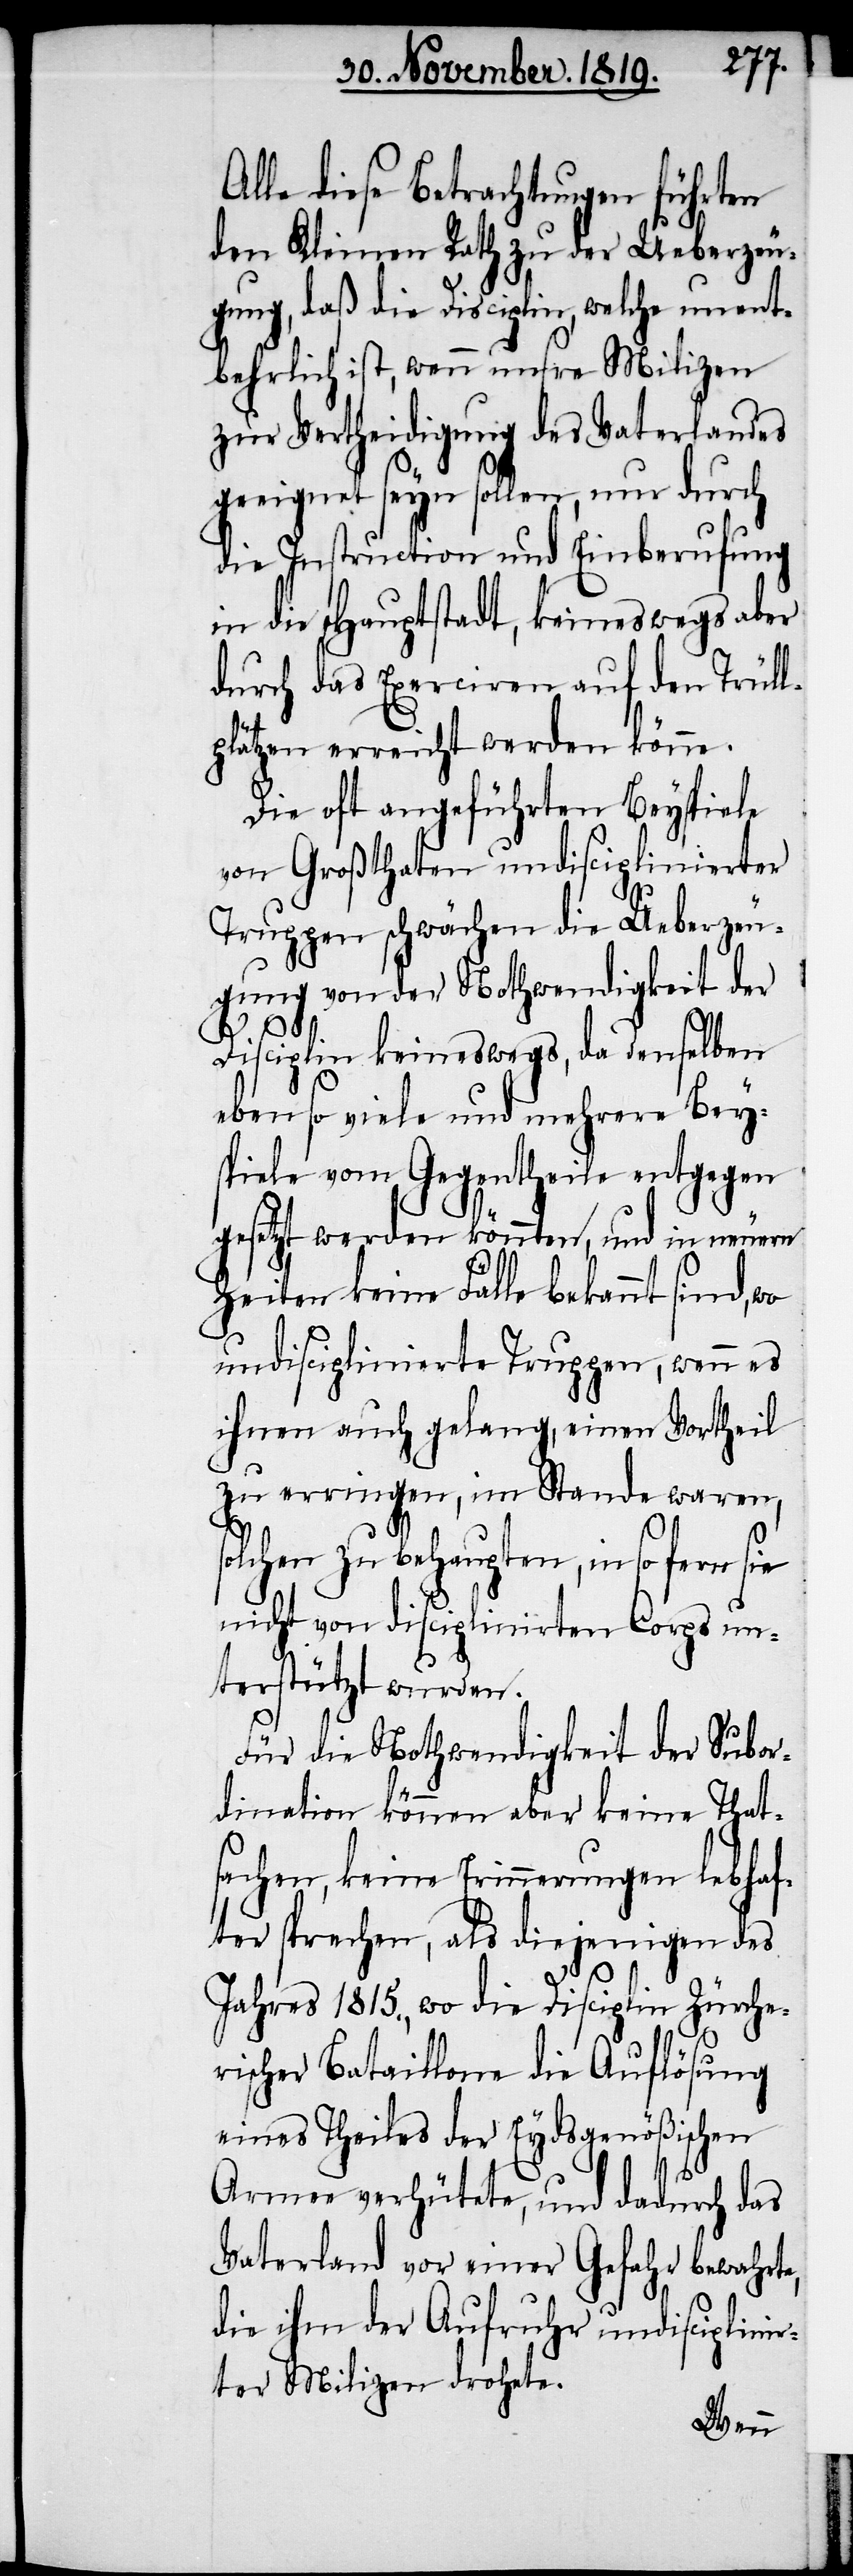
Alle diese Betrachtungen führten
den Kleinen Rath zu der Ueberzeu¬
gung, daß die Disciplin, welche unent¬
behrlich ist, wenn unsre Milizen
zur Vertheidigung des Vaterlandes
geeignet seyn sollen, nur dadurch
die Instruction und Einberufung
in die Hauptstadt, keineswegs aber
durch das Exerciren auf den Trüll¬
plätzen erreicht werden könne.
Die oft angeführten Beyspiele
von Großthaten undisciplinierter
Truppen schwächen die Ueberzeu¬
gung von der Nothwendigkeit der
s¬
Disciplin keineswegs, da denselben
eben so viele und mehrere Bey¬
spiele vom Gegentheile entgegen
gesetzt werden könnten, und in neuern
Zeiten keine Fälle bekannt sind, wo
undisciplinierte Truppen, wenn es
ihnen auch gelang, einen Vortheil
zu erringen, im Stande waren,
olchen zu behaupten, in so
nicht von disciplinierten Corps un¬
terstütz wurden.
Für die Nothwendikeit der Subor¬
dination können aber keine That¬
sachen, keine Erinnerungen lebhaf¬
ter sprechen, als diejenigen des
Jahres 1815., wo die Disciplin Zürche¬
rischer Bataillone die Auflösung
eines Theiles der Eydsgenößischen
Armee verhütete, und dadurch das
Vaterland vor einer Gefahr bewahrte,
die ihm der Aufruhr undisciplini¬
rter Milizer drohete.